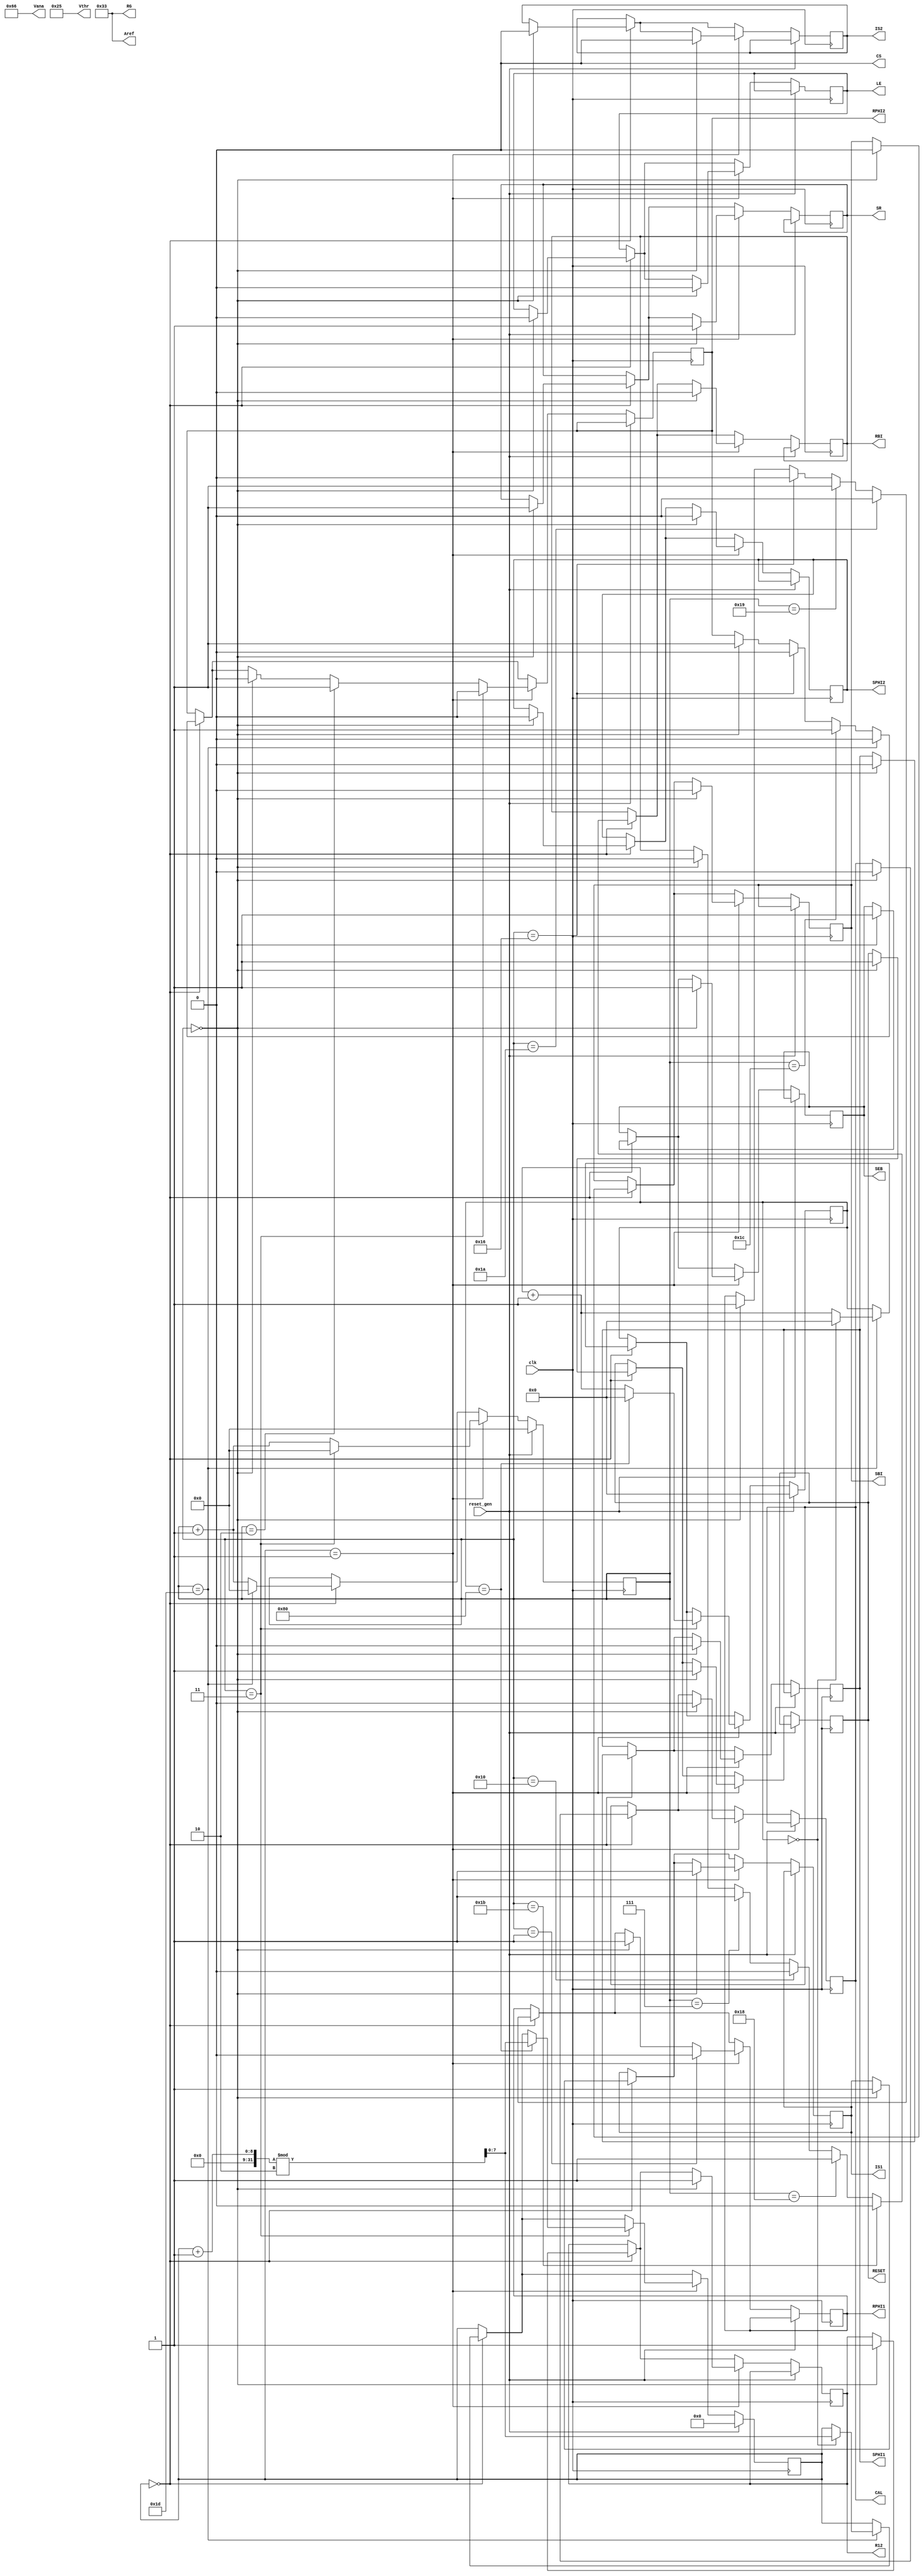
//Autogenerated verilog on 2015-05-13 11:01:32.310768

`timescale 1 ns / 1 ps

module rbo_test
(
  input clk,
  output reg CAL,
  output CS,
  output reg IS1,
  output reg IS2,
  output reg LE,
  output reg R12,
  output reg RBI,
  output reg RESET,
  output reg RPHI1,
  output reg RPHI2,
  output reg SBI,
  output reg SEB,
  output reg SPHI1,
  output reg SPHI2,
  output reg SR,
  output [15:0]Aref,
  output [15:0]RG,
  output [15:0]Vana,
  output [15:0]Vthr,
  input reset_gen
);

reg [31:0]counter;
reg [7:0]stage;
reg [15:0]stage_iter;
assign CS=0;
assign Vthr=16'H0025;
assign Aref=16'H0033;
assign Vana=16'H0066;
assign RG=16'H0033;
always @(posedge clk) begin
  if(reset_gen == 1) begin
    counter <= 0;
    stage <= 0;
    stage_iter <= 0;
  end
  else begin
    if(stage == 0) begin
      if(counter == 0) begin
        CAL <= 0;
        SBI <= 0;
        SPHI1 <= 0;
        SPHI2 <= 0;
        SEB <= 1;
        IS1 <= 1;
        IS2 <= 0;
        SR <= 1;
        RESET <= 1;
        R12 <= 1;
        RBI <= 0;
        RPHI1 <= 1;
        RPHI2 <= 1;
        LE <= 0;
      end
      if(counter == 7) begin
        RBI <= 1;
      end
      if(counter == 16) begin
        RBI <= 0;
      end
      if(counter == 22) begin
        RPHI1 <= 0;
        RPHI2 <= 0;
      end
      if(counter == 24) begin
        RBI <= 1;
      end
      if(counter == 25) begin
        RPHI1 <= 1;
      end
      if(counter == 26) begin
        RPHI1 <= 0;
      end
      if(counter == 27) begin
        RBI <= 0;
      end
      if(counter == 28) begin
        RPHI2 <= 1;
      end
      if(counter == 29) begin
        RPHI2 <= 0;
      end
      if(counter == 29) begin
        if(stage_iter == 0) begin
          stage <= (stage + 1) % 2;
          stage_iter <= 0;
        end
        else begin
          stage_iter <= stage_iter + 1;
        end
        counter <= 0;
      end
      else begin
        counter <= counter + 1;
      end
    end
    if(stage == 1) begin
      if(counter == 0) begin
        CAL <= 0;
        SBI <= 0;
        SPHI1 <= 0;
        SPHI2 <= 0;
        SEB <= 1;
        IS1 <= 1;
        IS2 <= 0;
        SR <= 1;
        RESET <= 1;
        R12 <= 1;
        RBI <= 0;
        RPHI1 <= 1;
        RPHI2 <= 0;
        LE <= 0;
      end
      if(counter == 1) begin
        RPHI1 <= 0;
      end
      if(counter == 2) begin
        RPHI2 <= 1;
      end
      if(counter == 3) begin
        RPHI2 <= 0;
      end
      if(counter == 3) begin
        if(stage_iter == 128) begin
          stage <= (stage + 1) % 2;
          stage_iter <= 0;
        end
        else begin
          stage_iter <= stage_iter + 1;
        end
        counter <= 0;
      end
      else begin
        counter <= counter + 1;
      end
    end
  end
end
endmodule